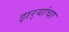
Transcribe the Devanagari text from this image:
झर्‍यांचा